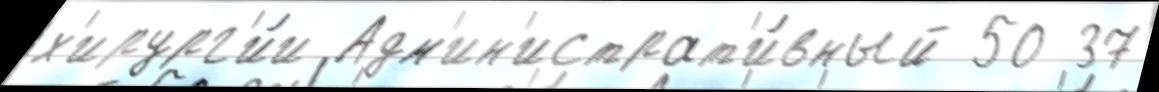
х'ирург'и́и Адм'ин'истрат'и́вный 50 37